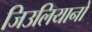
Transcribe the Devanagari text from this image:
जिउलियानो